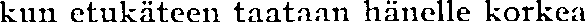
kun etukäteen taataan hänelle korkea